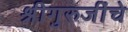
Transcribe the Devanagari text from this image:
श्रीगुरुजींचे